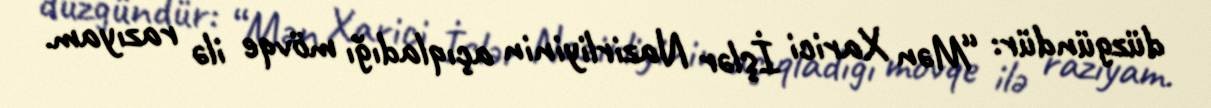
düzgündür: “Mən Xarici İşlər Nazirliyinin açıqladığı mövqe ilə razıyam.